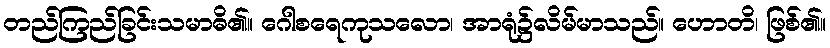
တည်ကြည်ခြင်းသမာဓိ၏။ ဂေါစရေကုသလော၊ အာရုံ၌လိမ်မာသည်။ ဟောတိ၊ ဖြစ်၏။